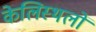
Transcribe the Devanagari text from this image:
केलिस्थलों